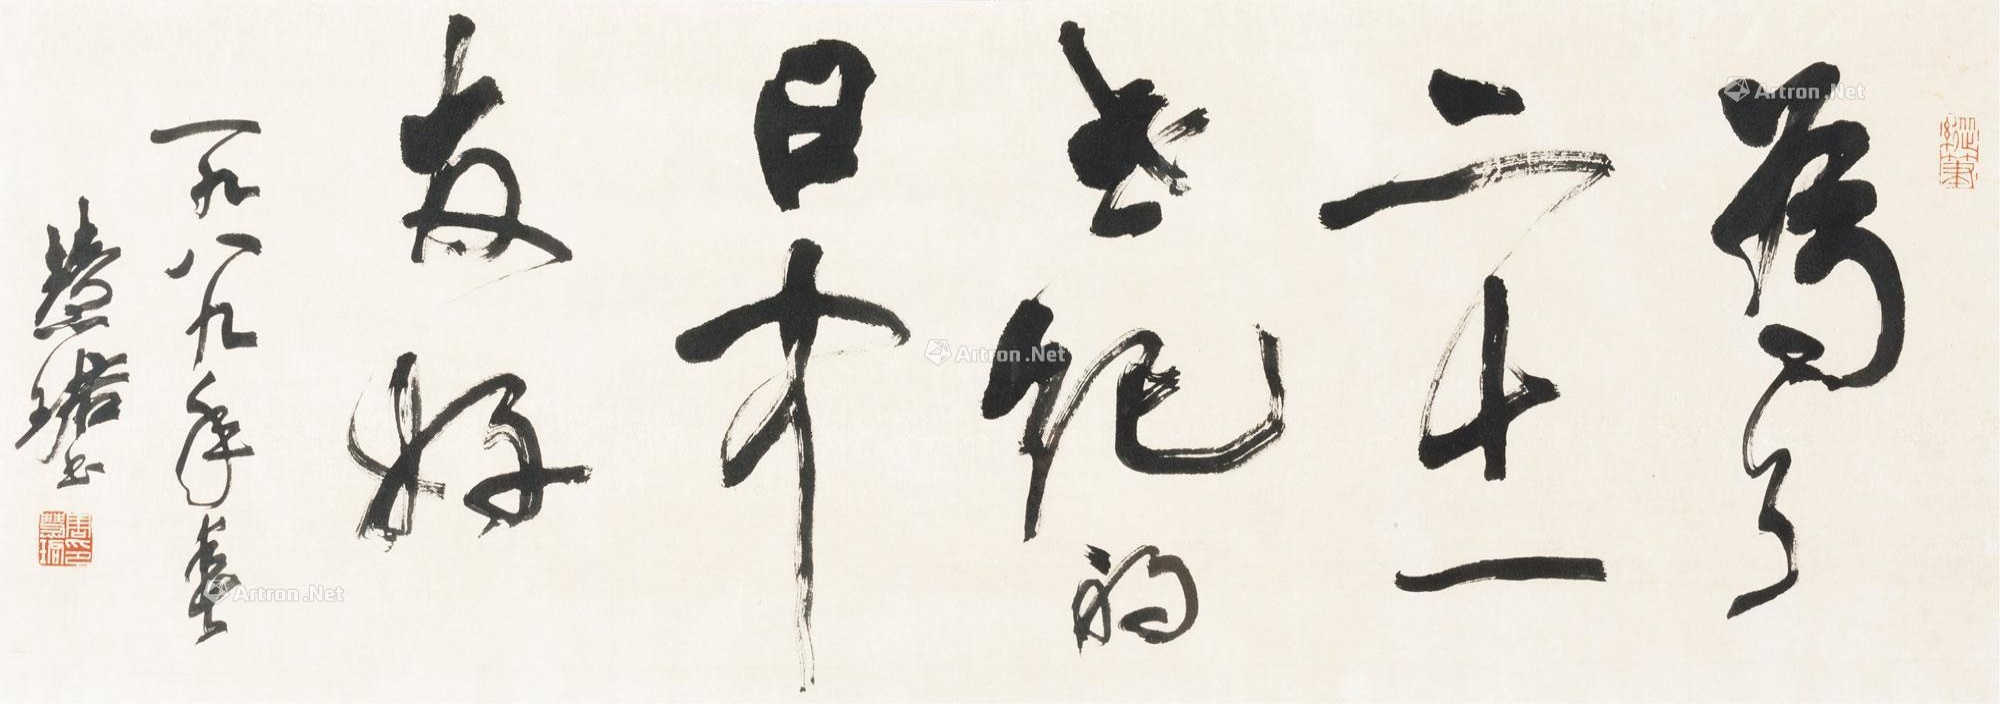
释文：为了二十一世纪的日本友好。一九八九年春，慧珺书。